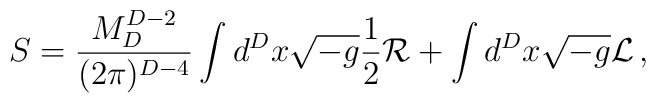
S={M_D^{D-2}\over (2\pi)^{D-4}} \int d^D x \sqrt{-g} {1 \over 2} {\cal R}+ \int d^D x\sqrt{-g} {\cal L}\,,